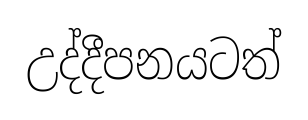
උද්දීපනයටත්